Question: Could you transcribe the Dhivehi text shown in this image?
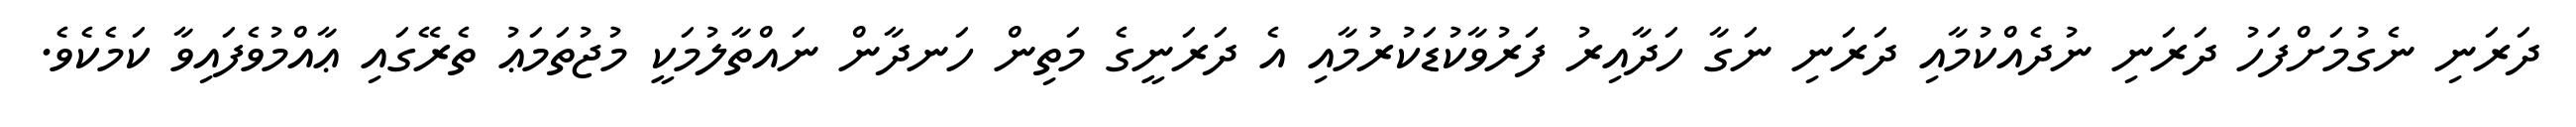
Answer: ދަރަނި ނެގުމަށްފަހު ދަރަނި ނުދެއްކުމާއި ދަރަނި ނަގާ ހަދާއިރު ފަރުވާކުޑަކުރުމާއި އެ ދަރަނީގެ މަތިން ހަނދާން ނައްތާލުމަކީ މުޖުތަމަޢު ތެރޭގައި ޢާއްމުވެފައިވާ ކަމެކެވެ.